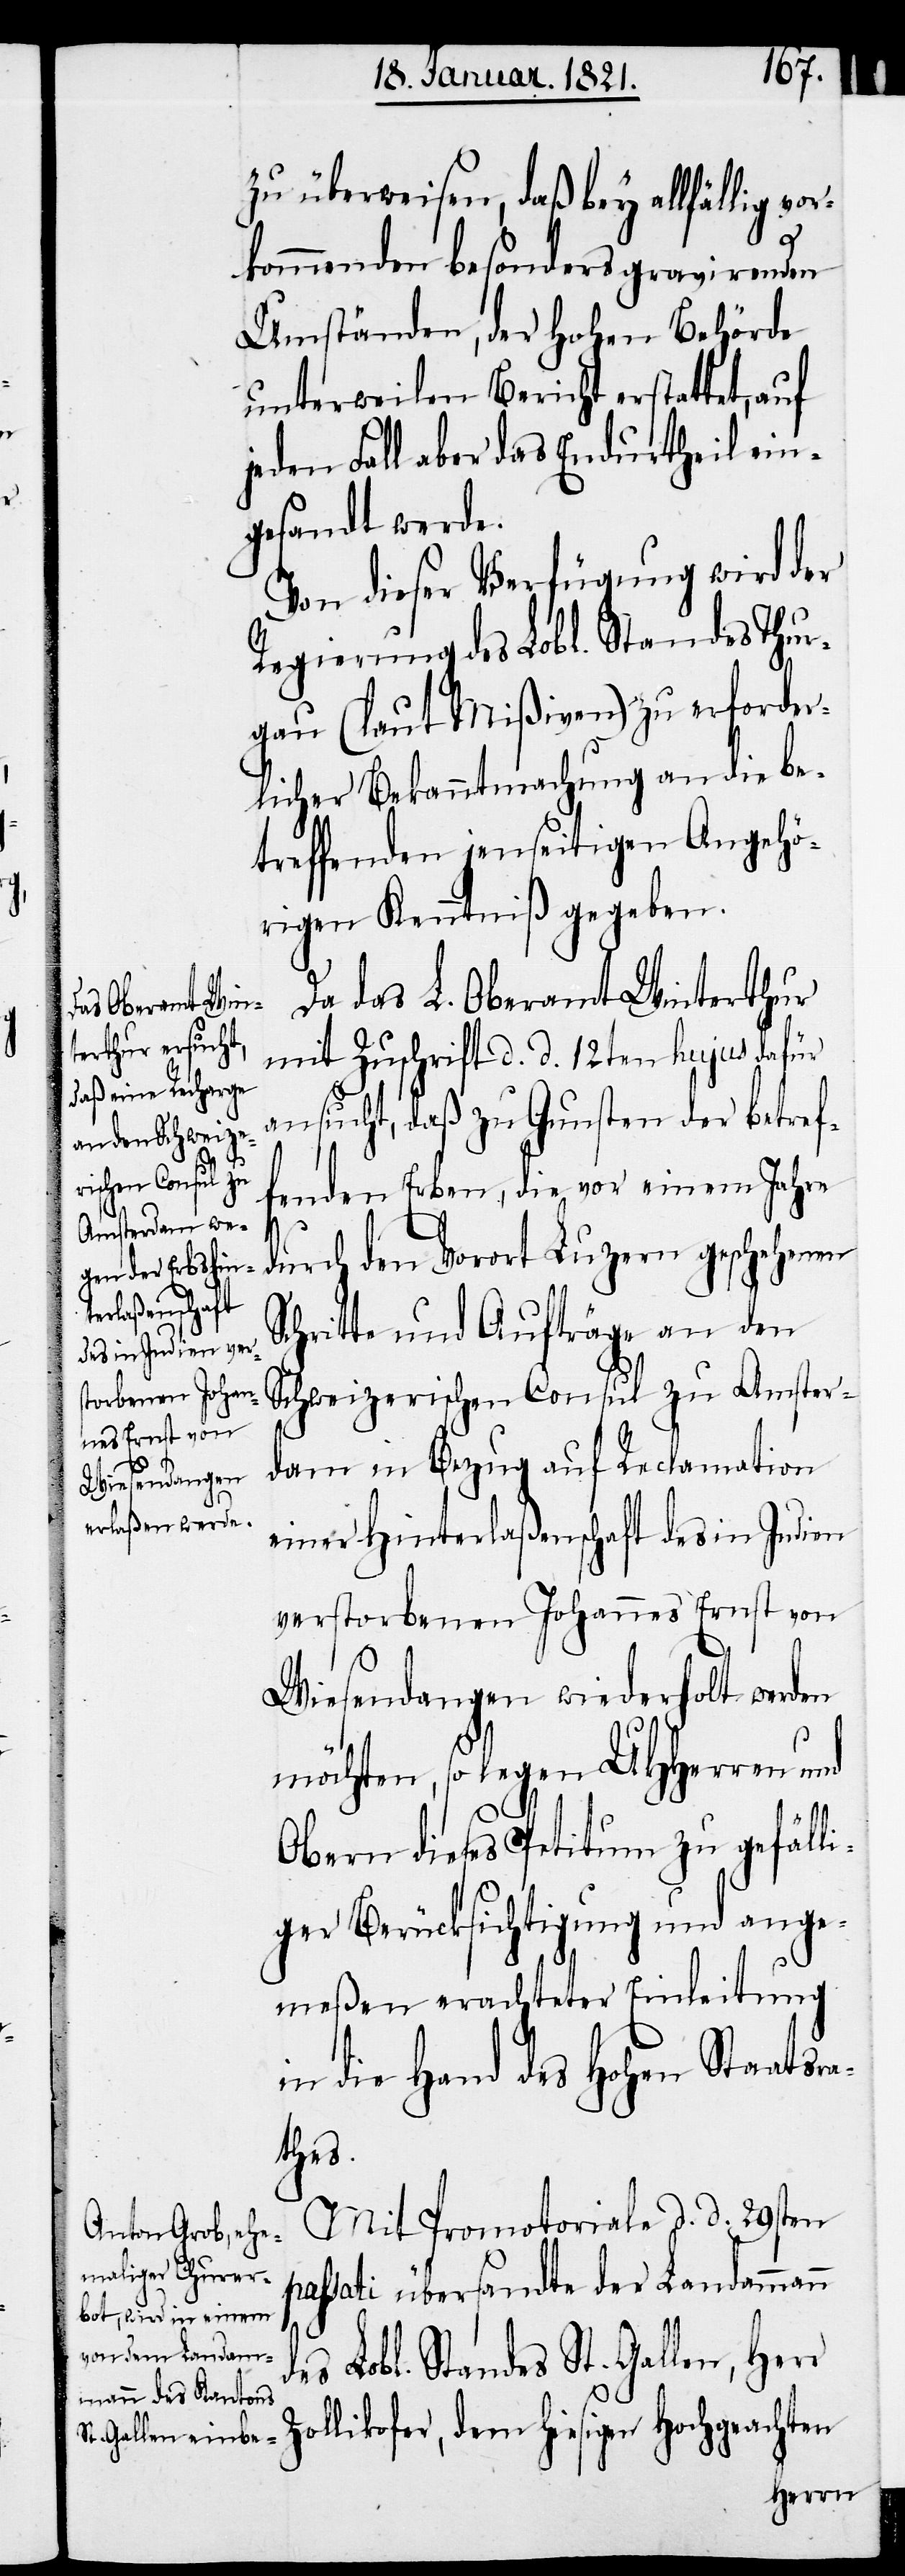
d¬

zu überweisen, daß bey allfällig v¬
or¬
kommenden besonders gravirenden
Umständen, der Hohen Behörde
unterweilen Bericht erstattet, auf
jeden Fall aber das Endurtheil ein¬
gesandt werde.
Von dieser Verfügung wird der
Regierung des Lobl. Standes Thur¬
gau (laut Mißiven) zu erforder¬
licher Bekanntmachung an die be¬
treffenden jenseitigen Angehö¬
rigen Kenntniß gegeben.
Da das L. Oberamte Winterthur
mit Zuschrift d. d. 12ten hujus dafür
ansucht, daß zu Gunsten der betref¬
fenden Erben, die vor einem Jahre
durch den Vorort Luzern geschehenen
Schritte und Aufträge an den
Schweizerischen Consul zu Amster¬
dam in Bezug auf Reclamation
einer Hinterlaßenschaft des in Indien
verstorbenen Johannes Ernst von
Wiesendangen wiederholt werden
möchten, so legen UHHerren und
Obern dieses Petitum zu gefäll¬
iger Berücksichtigung und ange¬
meßen erachteter Einleitung
in die Hand des Hohen Staatsra¬
thes.
Mit Promotoriale d. d. 29sten
passati übersandte der Landammann
es Lobl. Standes St. Gallen, Herr
Zollikofer dem hiesigen Hochgeachten